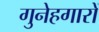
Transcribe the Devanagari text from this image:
गुनेहगारों